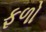
ફળો